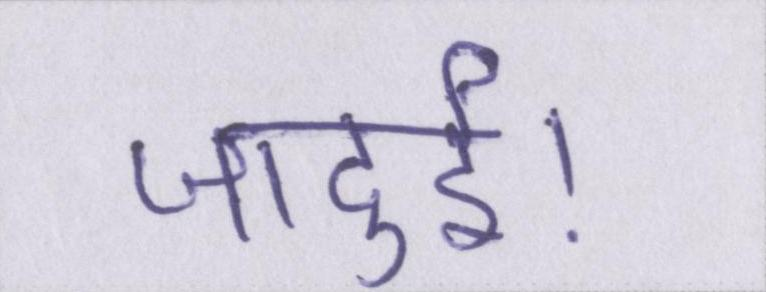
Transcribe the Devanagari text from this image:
जादुई।